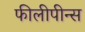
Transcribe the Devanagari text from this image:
फीलीपीन्स